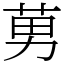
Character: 莮